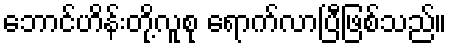
ဘောင်ဟိန်းတို့လူစု ရောက်လာပြီဖြစ်သည်။